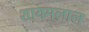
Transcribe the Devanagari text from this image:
शायमलाल